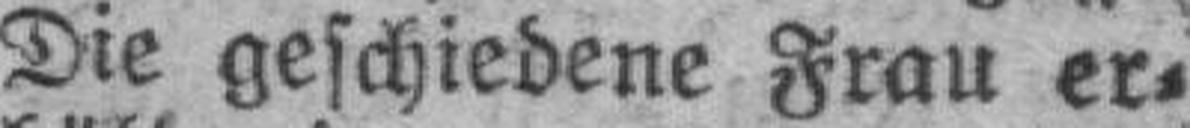
Die geschiedene Frau er¬